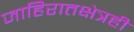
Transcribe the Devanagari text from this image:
जाहिरातक्षेत्रही